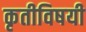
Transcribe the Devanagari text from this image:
कृतीविषयी